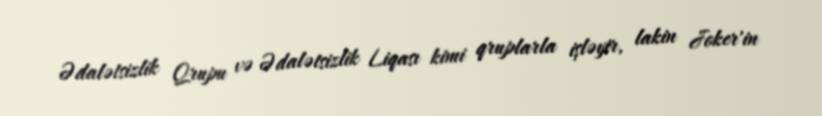
Ədalətsizlik Qrupu və Ədalətsizlik Liqası kimi qruplarla işləyir, lakin Joker'in